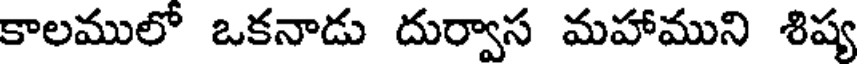
కాలములో ఒకనాడు దుర్వాస మహాముని శిష్య